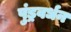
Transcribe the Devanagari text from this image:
पुंड्रवर्धन